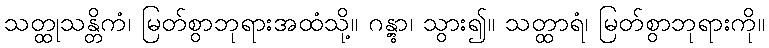
သတ္ထုသန္တိကံ၊ မြတ်စွာဘုရားအထံသို့။ ဂန္တွာ၊ သွား၍။ သတ္ထာရံ၊ မြတ်စွာဘုရားကို။